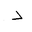
Letter: _dal